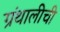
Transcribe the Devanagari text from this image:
ग्रंथालीची